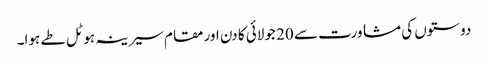
دوستوں کی مشاورت سے 20 جولائی کا دن اور مقام سیرینہ ہوٹل طے ہوا۔